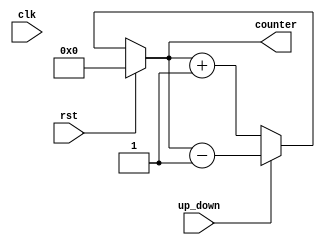
`timescale 1ns / 1ps
//////////////////////////////////////////////////////////////////////////////////
// Company: 
// Engineer: 
// 
// Design Name: 
// Module Name: sync_updown
// Project Name: 
// Target Devices: 
// Tool Versions: 
// Description: 
// 
// Dependencies: 
// 
// Revision:
// Revision 0.01 - File Created
// Additional Comments:
// 
//////////////////////////////////////////////////////////////////////////////////


module sync_updown(
    input clk,
    input rst,
    input up_down,
    output [3:0] counter
    );
    reg [3:0]counter_up_down;
    always@(clk or rst)
    begin
    if(rst)
    counter_up_down<=4'h0;
    else if(~up_down)
    counter_up_down<=counter_up_down + 4'd1;
    else
    counter_up_down<=counter_up_down - 4'd1;
    end
    assign counter=counter_up_down;
    
endmodule